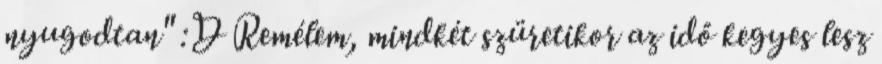
nyugodtan" :D Remélem, mindkét szüretikor az idő kegyes lesz